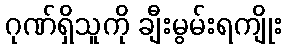
ဂုဏ်ရှိသူကို ချီးမွမ်းရကျိုး